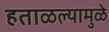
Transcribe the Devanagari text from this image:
हताळल्यामुळे